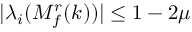
\lvert \lambda _ { i } ( M _ { f } ^ { r } ( k ) ) \rvert \leq 1 - 2 \mu